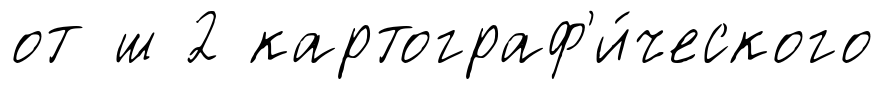
от ш 2 картограф'и́ческого